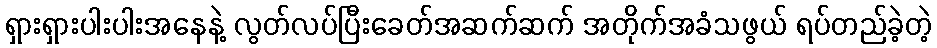
ရှားရှားပါးပါးအနေနဲ့ လွတ်လပ်ပြီးခေတ်အဆက်ဆက် အတိုက်အခံသဖွယ် ရပ်တည်ခဲ့တဲ့